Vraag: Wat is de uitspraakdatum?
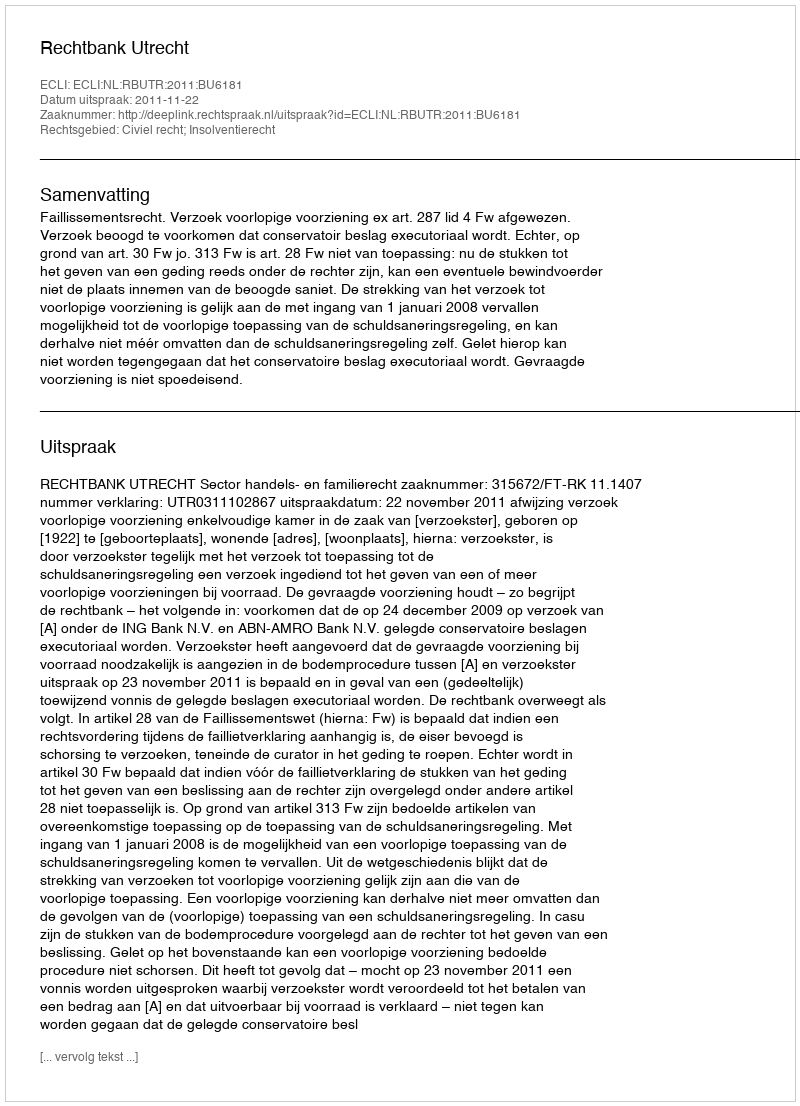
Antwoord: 2011-11-22